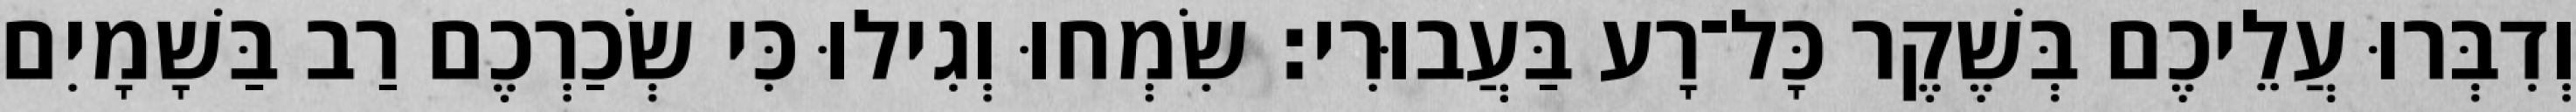
וְדִבְּרוּ עֲלֵיכֶם בְּשֶׁקֶר כָּל־רָע בַּעֲבוּרִי׃ שִׂמְחוּ וְגִילוּ כִּי שְׂכַרְכֶם רַב בַּשָׁמָיִם